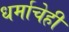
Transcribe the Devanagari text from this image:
धर्माचेही